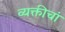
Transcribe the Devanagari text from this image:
व्यक्तीचां